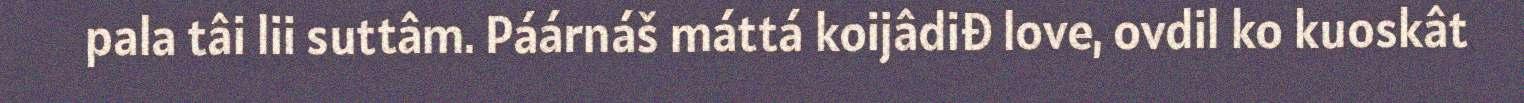
pala tâi lii suttâm. Páárnáš máttá koijâdiđ love, ovdil ko kuoskât